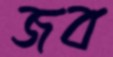
জব